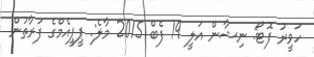
ހަވީރު ފޮޓޯ: ނިޝާން އަލީ 19 ފެބް 2015 މާލެ: ޕީޕީއެމްގެ ފަރާތުން